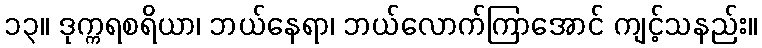
၁၃။ ဒုက္ကရစရိယာ၊ ဘယ်နေရာ၊ ဘယ်လောက်ကြာအောင် ကျင့်သနည်း။